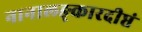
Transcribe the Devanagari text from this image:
नानालङ्कारदीप्तं